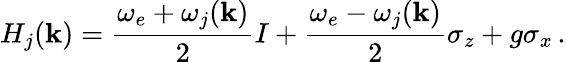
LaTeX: H_{j}(\mathbf k)=\frac{\omega_{e}+\omega_{j}(\mathbf k)}{2}I+\frac{\omega_{e}-\omega_{j}(\mathbf k)}{2}\sigma_{z}+g\sigma_{x}\, .